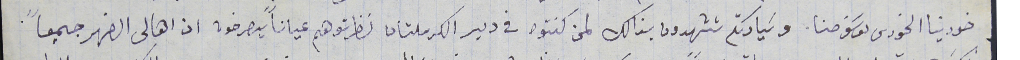
خورينا الخورى يوسَف حنا. وسَيادتكم تشهدون بذالك لمن كنتوه في دير الكرملتان نظرتوهم عياناً يصرخون ان اهالى الضهر جميعاً